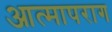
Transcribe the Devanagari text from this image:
आत्मापराग